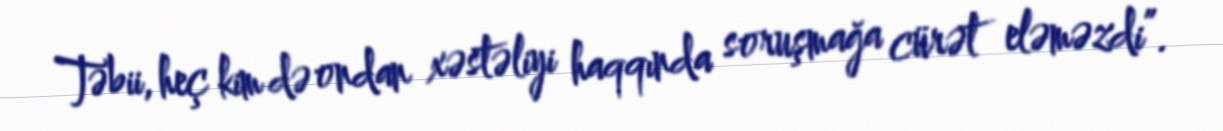
Təbii, heç kim də ondan xəstəliyi haqqında soruşmağa cürət eləməzdi”.